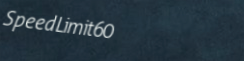
SpeedLimit60